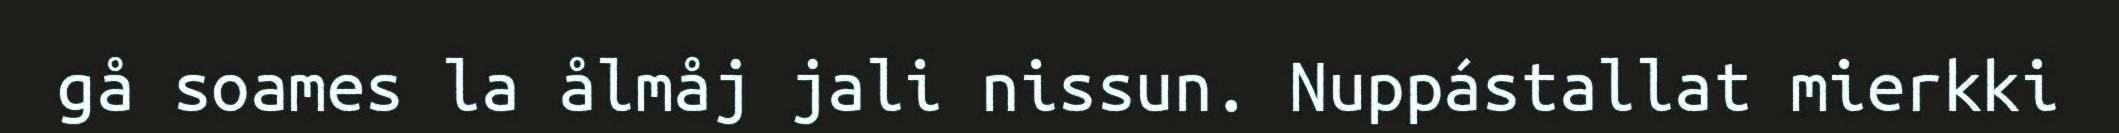
gå soames la ålmåj jali nissun. Nuppástallat mierkki